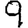
Digit: 9